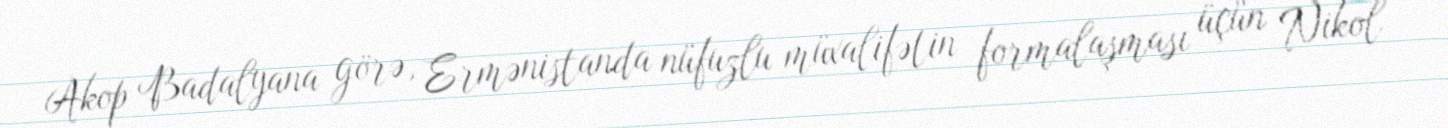
Akop Badalyana görə, Ermənistanda nüfuzlu müxalifətin formalaşması üçün Nikol